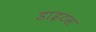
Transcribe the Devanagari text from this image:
डाइटस